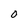
Character: 0